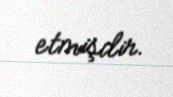
etmişdir.